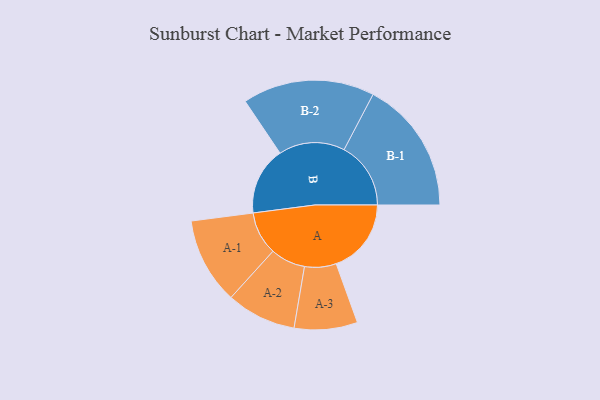
{"axis": {"x": "Segment", "y": "Value"}, "legend": ["", "A", "B"], "data": [{"x": "A", "y": 323, "type": ""}, {"x": "B", "y": 292, "type": ""}, {"x": "A-1", "y": 186, "type": "A"}, {"x": "A-2", "y": 150, "type": "A"}, {"x": "A-3", "y": 136, "type": "A"}, {"x": "B-1", "y": 287, "type": "B"}, {"x": "B-2", "y": 284, "type": "B"}]}